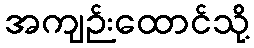
အကျဉ်းထောင်သို့